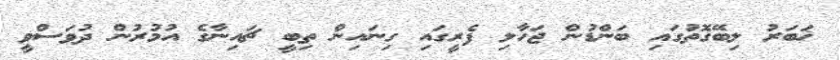
ޚަބަރު ލިބޭގޮތުގައި ބަންޑުން ޖަހާލި ފެރީގައި ގިނައިން ތިބީ ޗައިނާގެ އުމުރުން ދުވަސްވީ